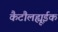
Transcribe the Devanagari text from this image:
कैटौलह्यूईक